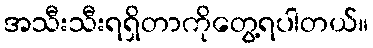
အသီးသီးရရှိတာကိုတွေ့ရပါတယ်။